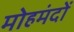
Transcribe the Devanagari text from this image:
मोहमंदों